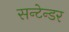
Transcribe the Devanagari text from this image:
सन्टेन्डर